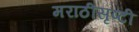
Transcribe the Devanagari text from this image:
मराठीसृष्टी